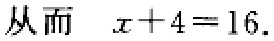
从而 \(x + 4 = 16\).